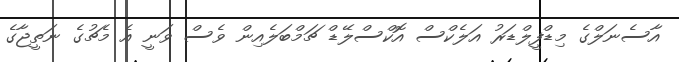
އާސެނަލްގެ މިޑްފީލްޑަރު އަލެކްސް އޮކްސްލޭޑް ޗަމްބަލެއިން ވެސް ވަނީ އެ މެޗުގެ ނަތީޖާގެ